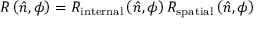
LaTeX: R \left( { \hat { n } } , \phi \right) = R _ { \mathrm { i n t e r n a l } } \left( { \hat { n } } , \phi \right) R _ { \mathrm { s p a t i a l } } \left( { \hat { n } } , \phi \right)